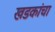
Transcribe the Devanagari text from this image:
खडकांचा